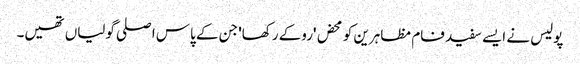
پولیس نے ایسے سفید فام مظاہرین کو محض 'روکے رکھا' جن کے پاس اصلی گولیاں تھیں۔